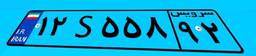
۱۲S۵۵۸۹۲